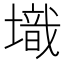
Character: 𡑌